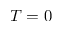
T = 0